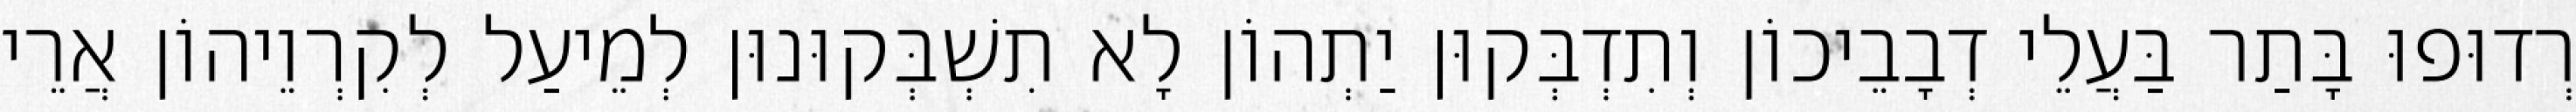
רְדוּפוּ בָּתַר בַּעֲלֵי דְבָבֵיכוֹן וְתִדְבְּקוּן יַתְהוֹן לָא תִשְׁבְּקוּנוּן לְמֵיעַל לְקִרְוֵיהוֹן אֲרֵי